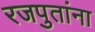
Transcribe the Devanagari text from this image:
रजपुतांना